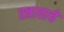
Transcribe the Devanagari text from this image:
स्त्रावाचे